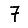
Digit: 7